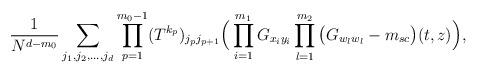
LaTeX: \begin{align*}\frac{1}{N^{d-m_0}} \sum_{j_1, j_2, \ldots, j_{d}} \prod_{p=1}^{m_0-1} (T^{k_p})_{j_{p}j_{p+1}} \Big( \prod_{i=1}^{m_1} G_{x_i y_i} \prod_{l=1}^{m_2} \big(G_{w_lw_l}-m_{sc}\big)(t,z) \Big),\end{align*}